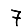
Digit: 7